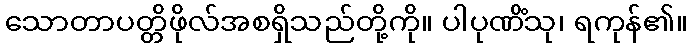
သောတာပတ္တိဖိုလ်အစရှိသည်တို့ကို။ ပါပုဏိံသု၊ ရကုန်၏။